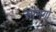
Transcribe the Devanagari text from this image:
सोमगो